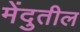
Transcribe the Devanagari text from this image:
मेंदुतील